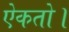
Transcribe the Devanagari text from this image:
ऐकतो।